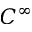
C ^ { \infty }